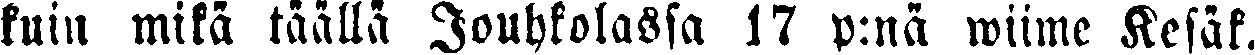
kuin mitä täällä Jouhkolassa l7 p:nä wiime Kesäk.